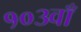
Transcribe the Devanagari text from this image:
१०३वाँ